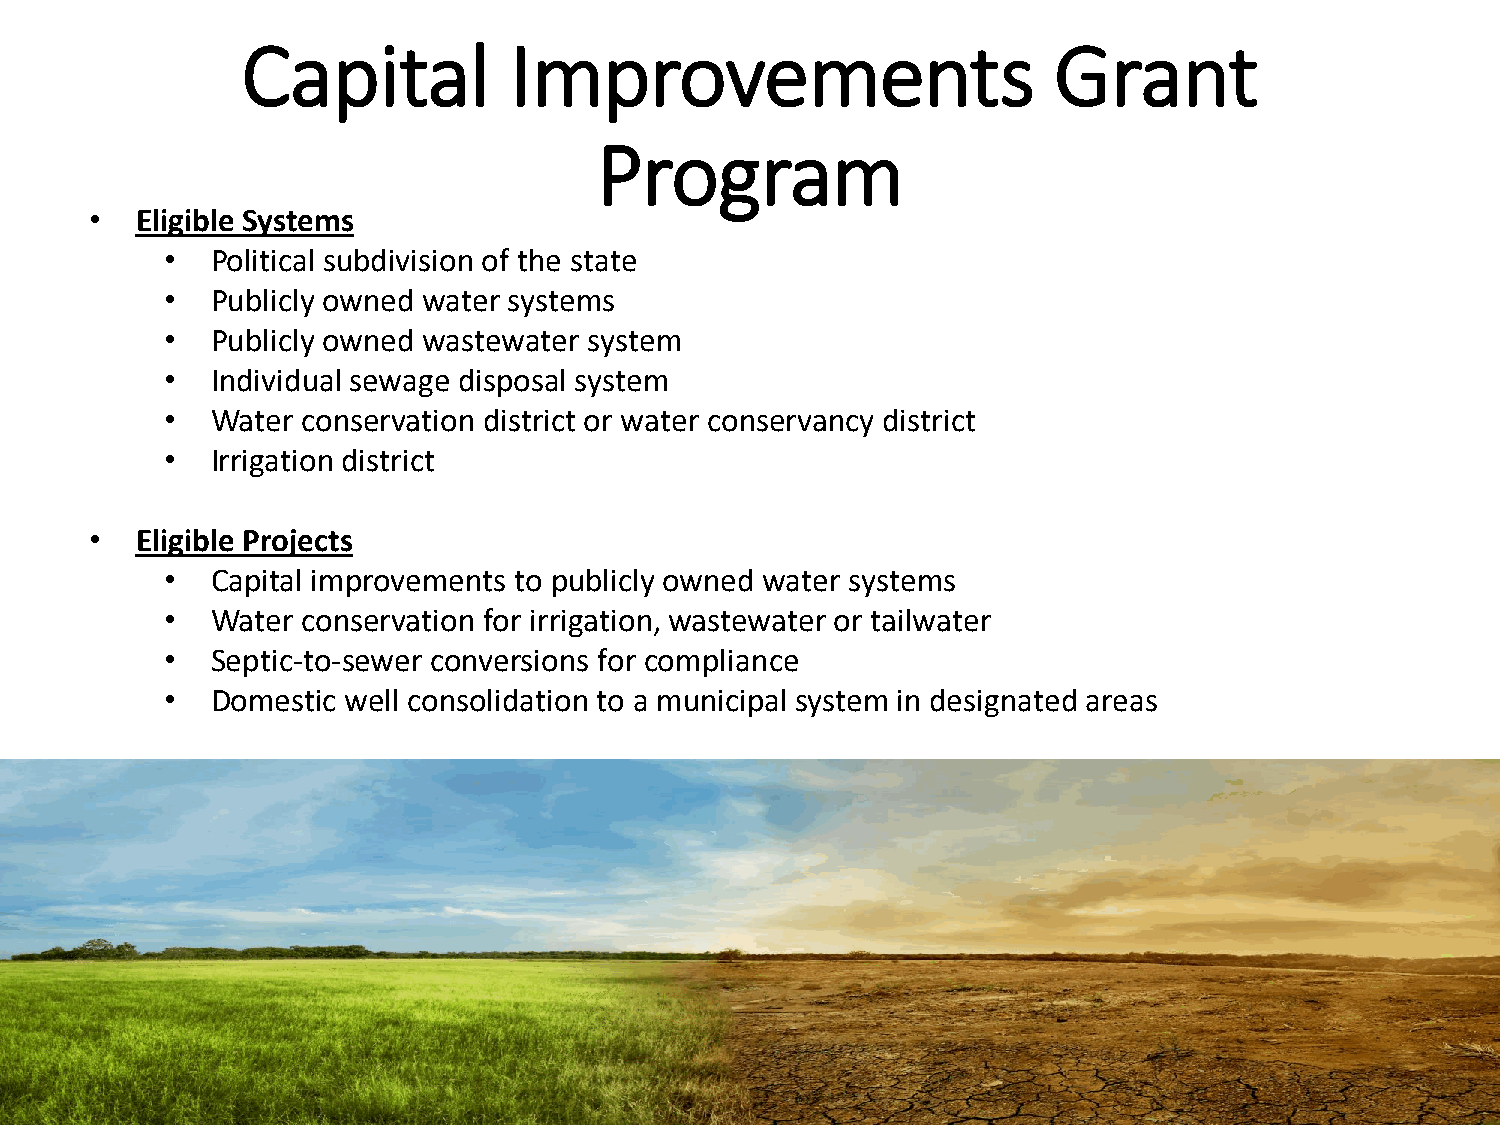
Capital           Improvements                        Grant
 Program
 •  Eligible Systems
 •  Political subdivision of the state
 •  Publicly owned water systems
 •  Publicly owned wastewater system
 •  Individual sewage disposal system
 •  Water conservation district or water conservancy district
 •  Irrigation district
 •  Eligible Projects
 •  Capital improvements to publicly owned water systems
 •  Water conservation for irrigation, wastewater or tailwater
 •  Septic-to-sewer conversions for compliance
 •  Domestic well consolidation to a municipal system in designated areas